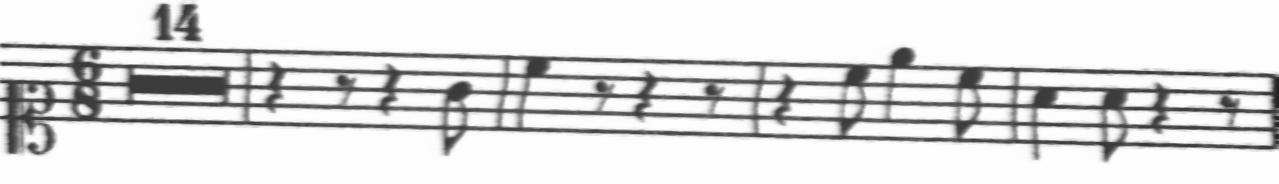
Transcription: clef-C1 timeSignature-6/8 multirest-14 barline rest-quarter rest-eighth rest-quarter note-G4_eighth barline note-C5_quarter rest-eighth rest-quarter rest-eighth barline rest-quarter note-C5_eighth note-E5_quarter note-C5_eighth barline note-A4_quarter note-A4_eighth rest-quarter rest-eighth barline